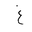
Letter: _gayn